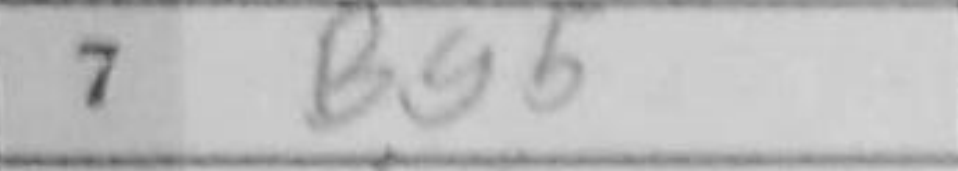
Transcription: Bg5